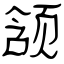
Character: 颔